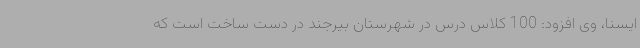
ایسنا، وی افزود: 100 کلاس درس در شهرستان بیرجند در دست ساخت است که